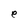
Character: e